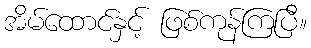
အိမ်ထောင်နှင့် ဖြစ်ကုန်ကြပြီ။